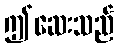
ဤဆေးသည်